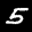
Label: 5